Civil Veterinary Department. United Provinces 1932-42 - 1932-1942
Year: 1932
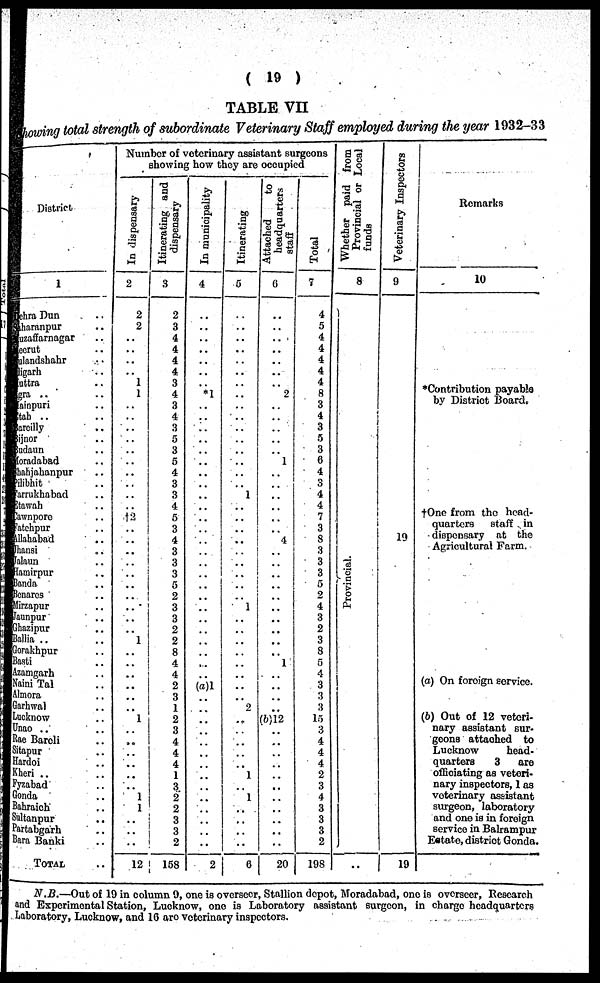
( 19 )
TABLE VII
howing total strength of subordinate Veterinary Staff employed during the year 1932-33
District
1
Dhra Dun ..
Dharanpur ..
zaffarnagar ..
scrut ..
landshahr ..
igarh ..
attra ..
gra ..
ainpuri ..
tab ..
arcilly ..
jnor ..
adaun ..
oradabad ..
hahjahanpur ..
ilibhit ..
arrukhabad ..
tawah ..
awnpore ..
atchpur ..
llahabad ..
hansi ..
alaun ..
lamirpur ..
Banda ..
Bcnares ..
Mirzapur ..
aunpur ..
Ghazipur ..
Mia ..
Gorakhpur ..
Basti ..
Azamgarh ..
Naini Tal ..
Almora ..
Garhwal ..
Lucknow ..
Unao ..
Rae Bareli ..
Sitapur ..
Hardoi ..
Kheri ..
Fyzabad ..
Gonda ..
Bahraich ..
Sultanpur
..
Partabgarh ..
Bara Banki ..
TOTAL
Number of veterinary assistant surgeons
showing how they are occupied
In dispensary
2
2
2
..
..
..
..
1
1
..
..
..
..
..
..
..
..
..
..
†2
..
..
..
..
..
..
..
..
.. ..
1
..
..
..
..
..
..
1
..
..
..
..
..
..
1
1
..
..
..
12
Itinerating and
dispensary
3
2
3
4
4
4
4
3
4
3
4
3
5
3
5
4
3
3
4
5
3
4
3
3
3
5
2
3
3
2
2
8
4
4
2
3
1
2
3
4
4
4
1
3
2
2
3
3
2
158
In municipality
4
..
..
..
..
..
..
..
*1
..
..
..
..
..
..
..
..
..
..
..
..
..
..
..
..
..
..
..
..
..
..
..
..
..
(a)1
..
..
..
..
..
..
..
..
..
..
..
..
..
..
2
Itinerating
5
..
..
..
..
..
..
..
..
..
..
..
..
..
..
..
..
1
..
..
..
..
..
..
..
..
..
1 ..
..
..
..
..
..
..
..
2
..
..
..
..
..
1
..
1
..
..
..
..
6
Attached
to
headquarters
staff
6
..
..
..
..
..
..
..
2
..
..
..
..
..
1
..
..
..
..
..
..
4
..
..
..
..
..
..
..
..
..
..
1
..
..
..
..
(b)12
..
..
..
..
..
..
..
..
..
..
..
20
Total
7
4
5
4
4
4
4
4
8
3
4
3
5
3
6
4
3
4
4
7
3
8
3
3
3
5
2
4
3
2
3
8
5
4
3
3
3
15
3
4
4
4
2
3
4
3
3
3
2
198
W hether paid from
Provincial or Local
funds
8
Provincial.
..
Veterinary Inspectors
9
19
19
Remarks
10
* Contribution payable
by Distriot Board.
† One from the head-
quarters
staff in
disponsary at the
Agricultural Farm.
(a) On foreign service.
(b) Out of 12 veteri-
nary assistant Bur-
geons attached to
Lucknow
head-
quarters
3 are
officiating as veteri-
nary inspectors, 1 as
veterinary assistant
surgeon, laboratory
and one is in foreign
service in Balrampur
Estate, distriot Gonda.
N.B.—Out of 19 in column 9, one is overseer, Stallion depot, Moradabad, one is overseer, Research
and Experimental Station, Lucknow, one is Laboratory assistant surgeon, in charge headquarters
Laboratory, Lucknow, and 10 are veterinary inspectors.